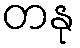
တနု